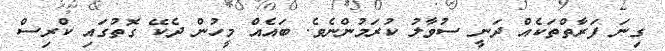
ގިނަ ފަރާތްތަކެއް ދަނީ ސުވާލު ކުރަމުންނެވެ. ބައެއް މީހުން ދެކޭ ގޮތުގައި ކްރިސް